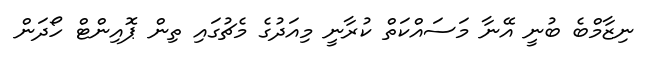
ނިޒާމްބެ ބުނީ އޭނާ މަސައްކަތް ކުރާނީ މިއަދުގެ މެޗުގައި ތިން ޕޮއިންޓް ހޯދަން